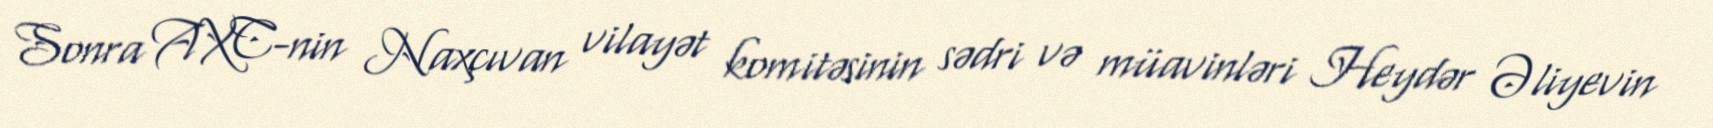
Sonra AXC-nin Naxçıvan vilayət komitəsinin sədri və müavinləri Heydər Əliyevin